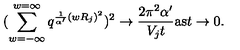
( \sum _ { w = - \infty } ^ { w = \infty } q ^ { \frac { 1 } { \alpha ^ { \prime } } ( w R _ { j } ) ^ { 2 } } ) ^ { 2 } \rightarrow \frac { 2 \pi ^ { 2 } \alpha ^ { \prime } } { V _ { j } t } \mathrm { a s } t \rightarrow 0 .